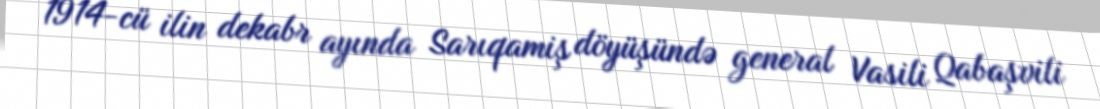
1914-cü ilin dekabr ayında Sarıqamiş döyüşündə general Vasili Qabaşvili